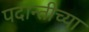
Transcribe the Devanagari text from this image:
पदान्तीच्या